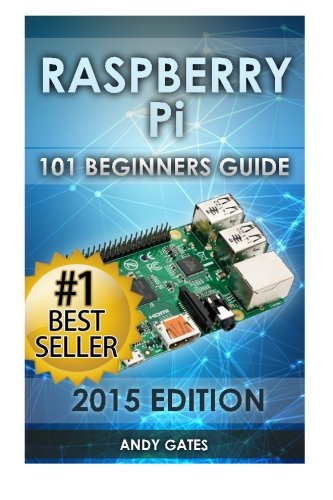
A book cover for Raspberry Pi: 101 Beginners Guide: The Definitive Step by Step guide for what you need to know to get started; Andy Gates; Computers & Technology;